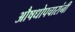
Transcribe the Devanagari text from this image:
औषधोपचारांनी